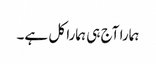
ہمارا آج ہی ہمارا کل ہے۔